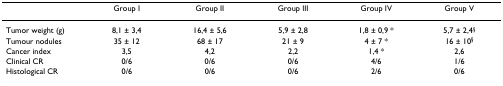
<table><thead><tr><td></td><td><b>Group I</b></td><td><b>Group II</b></td><td><b>Group III</b></td><td><b>Group IV</b></td><td><b>Group V</b></td></tr></thead><tbody><tr><td>Tumor weight (g)</td><td>8,1 ± 3,4</td><td>16,4 ± 5,6</td><td>5,9 ± 2,8</td><td>1,8 ± 0,9 *</td><td>5,7 ± 2,4<sup>§</sup></td></tr><tr><td>Tumour nodules</td><td>35 ± 12</td><td>68 ± 17</td><td>21 ± 9</td><td>4 ± 7 *</td><td>16 ± 10<sup>§</sup></td></tr><tr><td>Cancer index</td><td>3,5</td><td>4,2</td><td>2,2</td><td>1,4 *</td><td>2,6</td></tr><tr><td>Clinical CR</td><td>0/6</td><td>0/6</td><td>0/6</td><td>4/6</td><td>1/6</td></tr><tr><td>Histological CR</td><td>0/6</td><td>0/6</td><td>0/6</td><td>2/6</td><td>0/6</td></tr></tbody></table>